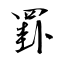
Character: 罫